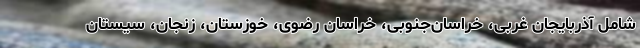
شامل آذربایجان غربی، خراسان‌جنوبی، خراسان رضوی، خوزستان، زنجان، سیستان